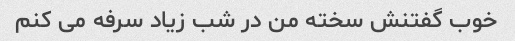
خوب گفتنش سخته من در شب زیاد سرفه می کنم